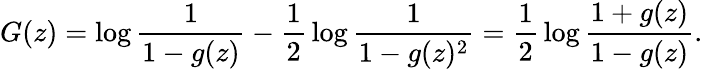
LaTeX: G(z)=\log{\frac{1}{1-g(z)}}-{\frac{1}{2}}\log{\frac{1}{1-g(z)^{2}}}={\frac{1}{2}}\log{\frac{1+g(z)}{1-g(z)}}.